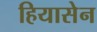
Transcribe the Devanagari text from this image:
हियासेन